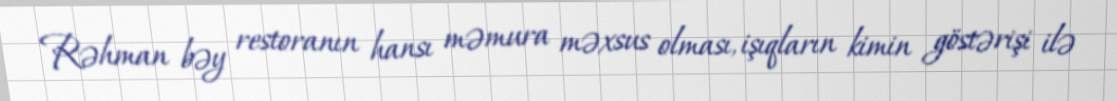
Rəhman bəy restoranın hansı məmura məxsus olması, işıqların kimin göstərişi ilə